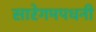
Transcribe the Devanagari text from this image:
सारेगमपधनी